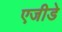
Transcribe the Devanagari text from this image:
एजीडे